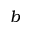
b